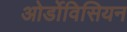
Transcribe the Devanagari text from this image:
ओर्डोविसियन